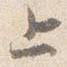
上